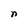
Character: n